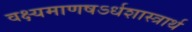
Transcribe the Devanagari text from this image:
वक्ष्यमाणषऽर्धशास्त्रार्थ